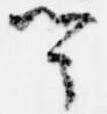
聞